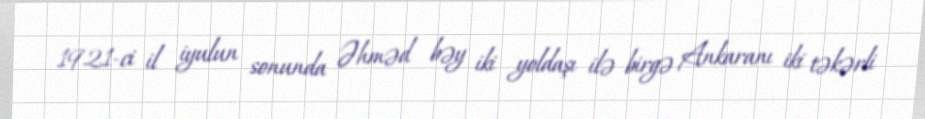
1921-ci il iyulun sonunda Əhməd bəy iki yoldaşı ilə birgə Ankaranı iki təkərli